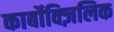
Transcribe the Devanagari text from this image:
कार्बोक्ज़िलिक